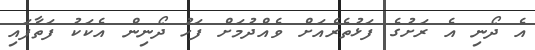
އެ ދޯނި އެ ރަށުގެ ފަޅުތެރެއަށް ވެއްދުމަށް ފަހު ދޯނިން އެކަކު ފަތާފައި